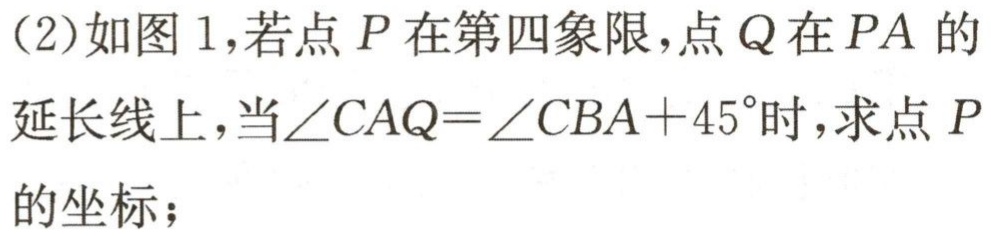
(2)如图 1,若点 \(P\)在第四象限,点 \(Q\)在 \(PA\)的延长线上，当\(\angle CAQ = \angle CBA + 45^{\circ}\)时，求点 \(P\)的坐标；